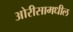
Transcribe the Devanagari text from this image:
ओरीसामधील